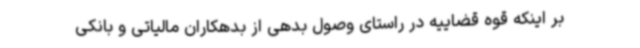
بر اینکه قوه قضاییه در راستای وصول بدهی از بدهکاران مالیاتی و بانکی